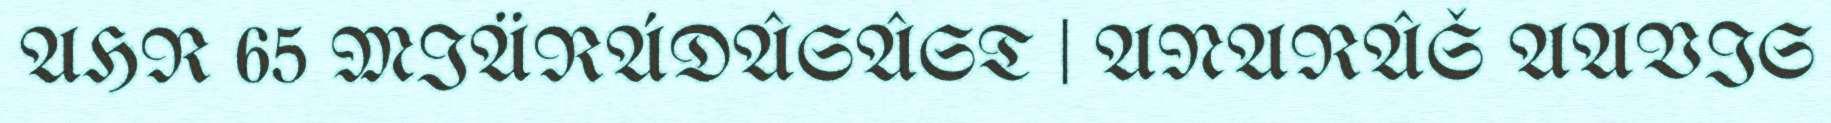
AHR 65 MIÄRÁDÂSÂST | ANARÂŠ AAVIS